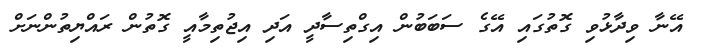
އޭނާ ވިދާޅުވި ގޮތުގައި އޭގެ ސަބަބުން އިގްތިސާދީ އަދި އިޖުތިމާއީ ގޮތުން ރައްޔިތުންނަށް